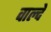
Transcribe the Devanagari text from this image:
वाल्दे